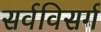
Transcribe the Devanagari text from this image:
सर्वविसर्ग